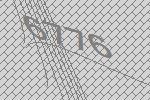
6776